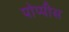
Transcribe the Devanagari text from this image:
पोप्पीेस